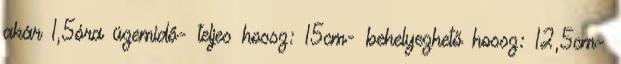
akár 1,5óra üzemidő- teljes hossz: 15cm- behelyezhető hossz: 12,5cm-